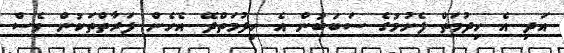
އަދި އެ ހިދުމަތް ފެށުމުގެ ސަބަބުން އެ ހިދުމަތްދޭ އެހެން ފަރާތްތަކުން ވެސް